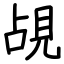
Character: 覘